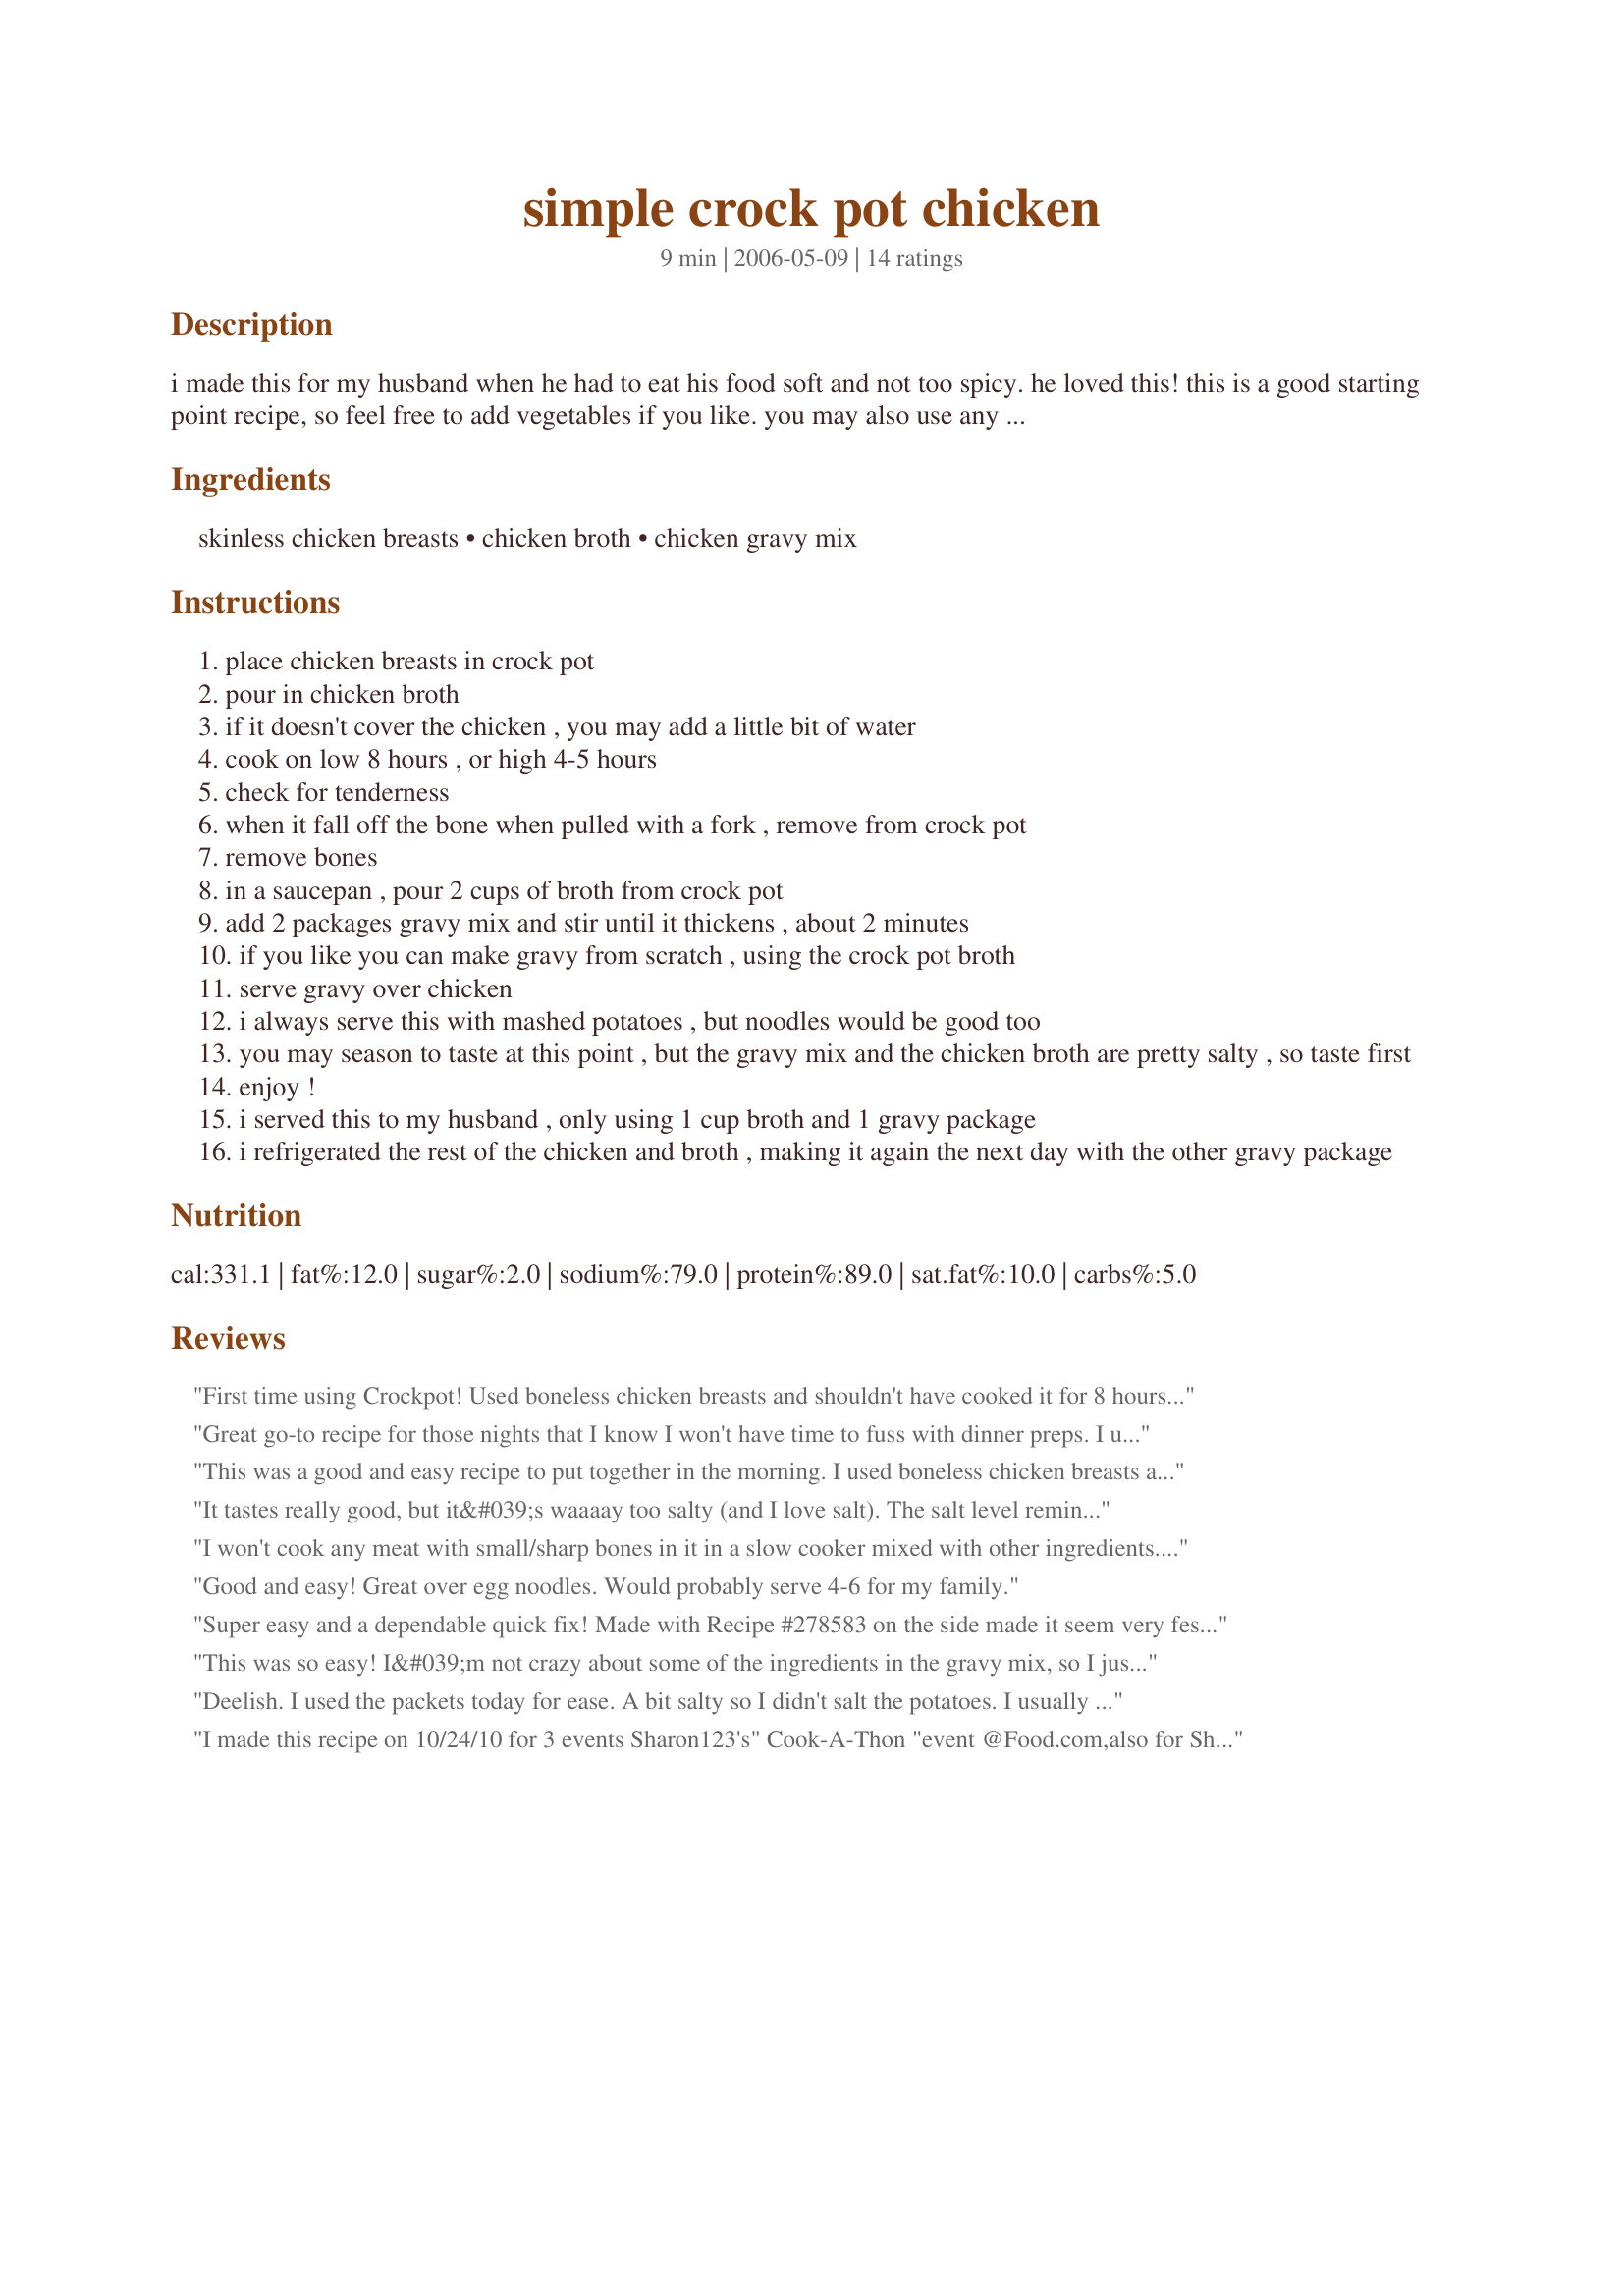
simple crock pot chicken
Preparation time: 9 minutes

i made this for my husband when he had to eat his food soft and not too spicy. he loved this! this is a good starting point recipe, so feel free to add vegetables if you like. you may also use any chicken part for this recipe.

Ingredients:
skinless chicken breasts, chicken broth, chicken gravy mix

Steps:
place chicken breasts in crock pot
pour in chicken broth
if it doesn't cover the chicken , you may add a little bit of water
cook on low 8 hours , or high 4-5 hours
check for tenderness
when it fall off the bone when pulled with a fork , remove from crock pot
remove bones
in a saucepan , pour 2 cups of broth from crock pot
add 2 packages gravy mix and stir until it thickens , about 2 minutes
if you like you can make gravy from scratch , using the crock pot broth
serve gravy over chicken
i always serve this with mashed potatoes , but noodles would be good too
you may season to taste at this point , but the gravy mix and the chicken broth are pretty salty , so taste first
enjoy !
i served this to my husband , only using 1 cup broth and 1 gravy package
i refrigerated the rest of the chicken and broth , making it again the next day with the other gravy package

Reviews:
First time using Crockpot! Used boneless chicken breasts and shouldn't have cooked it for 8 hours as they became a bit dry. Next time will cook it for 4-5 hours. Used mushroom gravy mix - so easy! Thanks Sharon! :)
Great go-to recipe for those nights that I know I won't have time to fuss with dinner preps. I used a mushroom gravy mix and boneless chicken breasts and cooked it for 4 hours. Served it with diner's Recipe #345703 and broccoli! It was a huge hit with the whole family! So glad I tagged you in 123 Hits.
This was a good and easy recipe to put together in the morning. I used boneless chicken breasts and cooked for 4 hours. When I got home, a measured out the broth and made the gravy in just a few minutes. We did add a good bit of salt and pepper as we thought it needed seasoning but maybe that was because of the gravy mixture I used.
It tastes really good, but it&#039;s waaaay too salty (and I love salt). The salt level reminds me of the liquid in ramen noodles. Times two. I&#039;ll make this again, because it IS easy to make and pretty tasty, but I&#039;ll definitely use low sodium chicken broth - or water - in the gravy mix, and I won&#039;t add any extra salt in the mashed potatoes. Hopefully that will help!
I won't cook any meat with small/sharp bones in it in a slow cooker mixed with other ingredients. The meat can fall apart leaving the bones mixed in with the rest of the food, but that's just me.
Good and easy! Great over egg noodles. Would probably serve 4-6 for my family.
Super easy and a dependable quick fix! Made with Recipe #278583 on the side made it seem very festive! Thanks for posting Sharon. Made for PAC Spring 2010.
This was so easy! I&#039;m not crazy about some of the ingredients in the gravy mix, so I just used my homemade turkey stock that was in the freezer, then added poultry seasoning and cornstarch to the stock after the chicken was cooked. Really simple, I will definitely do this again. Served it over mashed potatoes with Homemade Giblet Stuffing (http://www.food.com/recipe/homemade-giblet-stuffing-for-turkey-or-chicken-266831?photo=374786).
Deelish. I used the packets today for ease. A bit salty so I didn't salt the potatoes. I usually make my own with the broth. I also sauteed mushrooms for the gravy and added added a half onion to the crock for some extra flavor.
I made this recipe on 10/24/10 for 3 events Sharon123's" Cook-A-Thon "event @Food.com,also for Sharon123's" Cook-A-Thon " and Crockpot/Rice Cooker event @KK's site.I didn't have any chicken broth, so 14 1/2 of water and 2 chicken bouillon cubes were used. The parts of chicken that were used was a boneless, skinless breast,and a very large bone in thigh.Since there was just the two of us, my small 1.5 quart crockpot was perfect for this recipe.For the smaller crockpot, the chicken took about 6 hours on low to cook through.For the gravy, I took about 1 1/2 cups of the broth and brought it to a boil in a small saucepan, added the gravy mix and whisked until the desired thickness was reached.After tasting, all the seasoning that needed to be added was a bit of black pepper. I served the chicken/gravy over mashed potatoes with lima beans as a side.We both thought it was very good,and I really enjoyed the simplicity of this recipe. And come on, "How can you go wrong with a crockpot and pre-packaged gravy mix ?".This will be made again and again. Thanks so much for posting and " Keep Smiling :) "
Simple and brilliant! The chicken gravy I used had a good bit of salt so I'm glad I didn't add any (I did slightly salt and pepper the bone-in chicken I used.) I cooked this for 5-6 hours on high in my crock pot and I think it could cook for 8 hours on low just fine. My son loved this and I loved it since it was so easy and economical!
Very good I found that water was definitely needed though and found reduced sodium chicken broth was our preference. Will make again!
Easy, Cheap, and Delicious!
This was so easy to make. I'd never thought of using the chicken broth in the crockpot to mix with a gravy packet. I served the gravy over baked potatoes. This one is a keeper thank you. Made for Zaar Tag 2006
